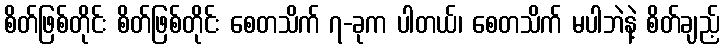
စိတ်ဖြစ်တိုင်း စိတ်ဖြစ်တိုင်း စေတသိက် ၇-ခုက ပါတယ်၊ စေတသိက် မပါဘဲနဲ့ စိတ်ချည့်